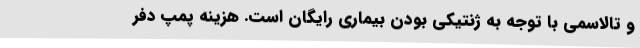
و تالاسمی با توجه به ژنتیکی بودن بیماری رایگان است. هزینه پمپ دفر